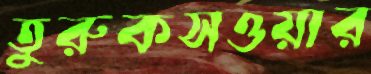
তুরুকসওয়ার